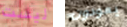
ليست يعودون